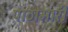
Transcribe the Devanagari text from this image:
पाठामारी